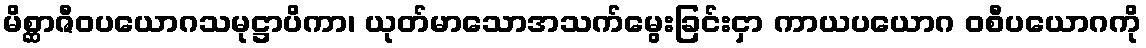
မိစ္ဆာဇီဝပယောဂသမုဋ္ဌာပိကာ၊ ယုတ်မာသောအသက်မွေးခြင်းငှာ ကာယပယောဂ ဝစီပယောဂကို